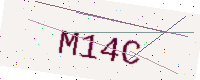
Text: M14C